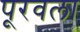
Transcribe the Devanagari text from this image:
पूरवला